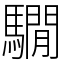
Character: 𩦂